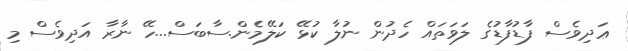
ޢަދިވެސް ފާޑުފާޑުގެ ލަވަތައް ހެދުން ނުލާ ކުޅޭ ކަލޭމެން.ސާބަސް...ހޭ ނާރާ އަދިވެސް މި